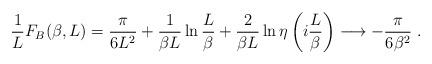
LaTeX: \begin{align*}\frac{1}{L}F_{B}(\beta,L)=\frac{\pi}{6L^{2}}+\frac{1}{\beta L}\ln{\frac{L}{\beta}}+\frac{2}{\beta L}\ln{\eta\left(i\frac{L}{\beta}\right)} \longrightarrow -\frac{\pi}{6\beta^{2}}\;.\end{align*}